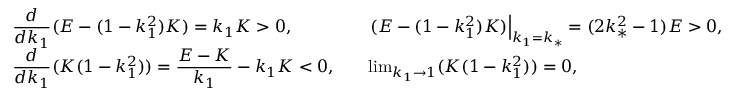
\begin{array} { r l r l } & { \displaystyle \frac { d } { d k _ { 1 } } ( E - ( 1 - k _ { 1 } ^ { 2 } ) K ) = k _ { 1 } K > 0 , } & & { \left. ( E - ( 1 - k _ { 1 } ^ { 2 } ) K ) \right| _ { k _ { 1 } = k _ { * } } = ( 2 k _ { * } ^ { 2 } - 1 ) E > 0 , } \\ & { \displaystyle \frac { d } { d k _ { 1 } } ( K ( 1 - k _ { 1 } ^ { 2 } ) ) = \frac { E - K } { k _ { 1 } } - k _ { 1 } K < 0 , } & & { \operatorname* { l i m } _ { k _ { 1 } \to 1 } ( K ( 1 - k _ { 1 } ^ { 2 } ) ) = 0 , } \end{array}